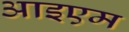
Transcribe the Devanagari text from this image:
आइएम